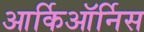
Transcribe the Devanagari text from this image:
आर्किऑर्निस